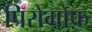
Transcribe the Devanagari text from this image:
पिरोगोफ़